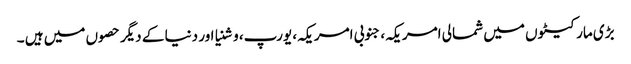
بڑی مارکیٹوں میں شمالی امریکہ، جنوبی امریکہ، یورپ، وشنیا اور دنیا کے دیگر حصوں میں ہیں ۔